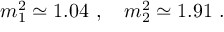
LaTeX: m _ { 1 } ^ { 2 } \simeq 1 . 0 4 \ , \quad m _ { 2 } ^ { 2 } \simeq 1 . 9 1 \ .